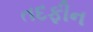
તદફીન